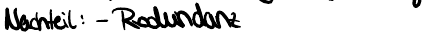
Nachteil: - Redundanz